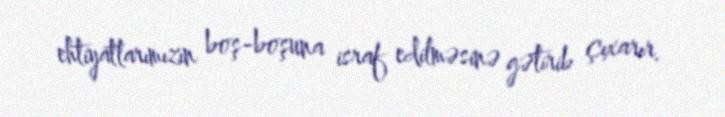
ehtiyatlarımızın boş-boşuna israf edilməsinə gətirib çıxarır.